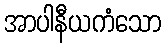
အာပါနီယကံသော